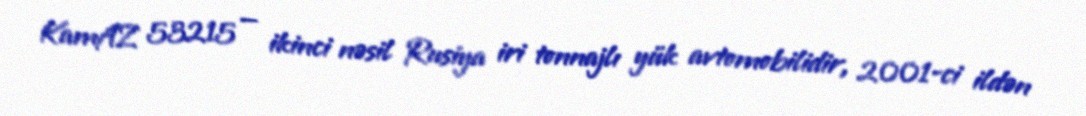
KamAZ 53215 — ikinci nəsil Rusiya iri tonnajlı yük avtomobilidir, 2001-ci ildən